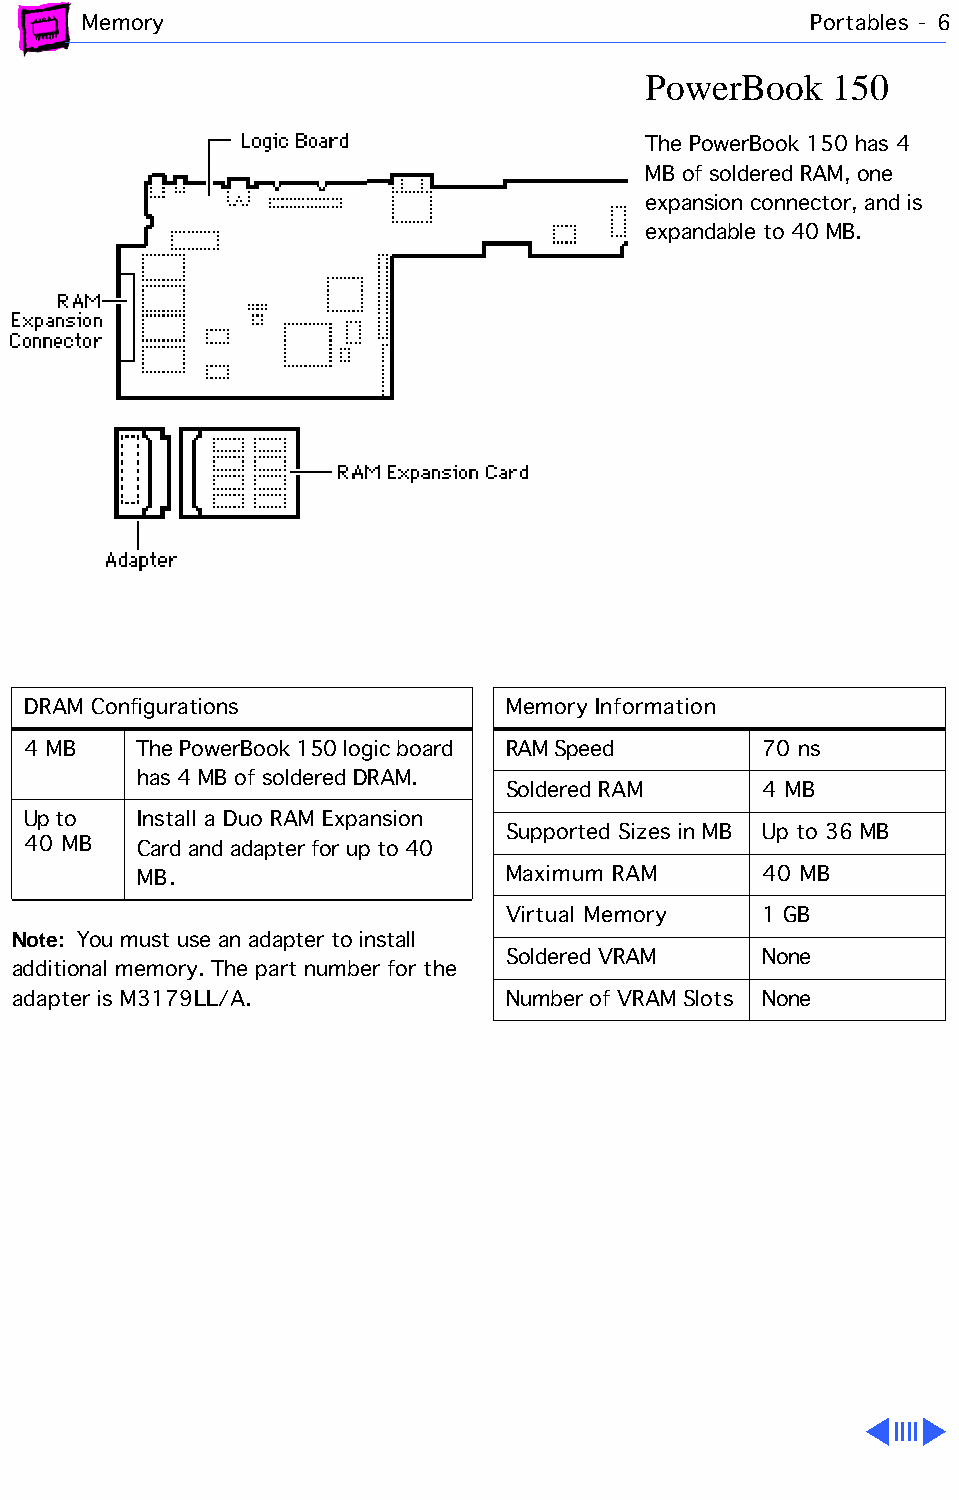
Memory                                          Portables - 6
 PowerBook    150
 The PowerBook 150 has 4
 MB of soldered RAM, one
 expansion connector, and is
 expandable to 40 MB.
 DRAM Configurations             Memory Information
 4 MB    The PowerBook 150 logic board RAM Speed  70 ns
 has 4 MB of soldered DRAM.
 Soldered RAM     4 MB
 Up to   Install a Duo RAM Expansion
 Supported Sizes in MB Up to 36 MB
 40 MB   Card and adapter for up to 40
 MB.                     Maximum RAM      40 MB
 Virtual Memory   1 GB
 Note: You must use an adapter to install
 Soldered VRAM    None
 additional memory. The part number for the
 adapter is M3179LL/A.            Number of VRAM Slots None